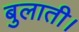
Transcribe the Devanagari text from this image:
बुलाती।